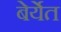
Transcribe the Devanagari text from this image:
बेर्येत